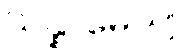
သန္နာမေယျ